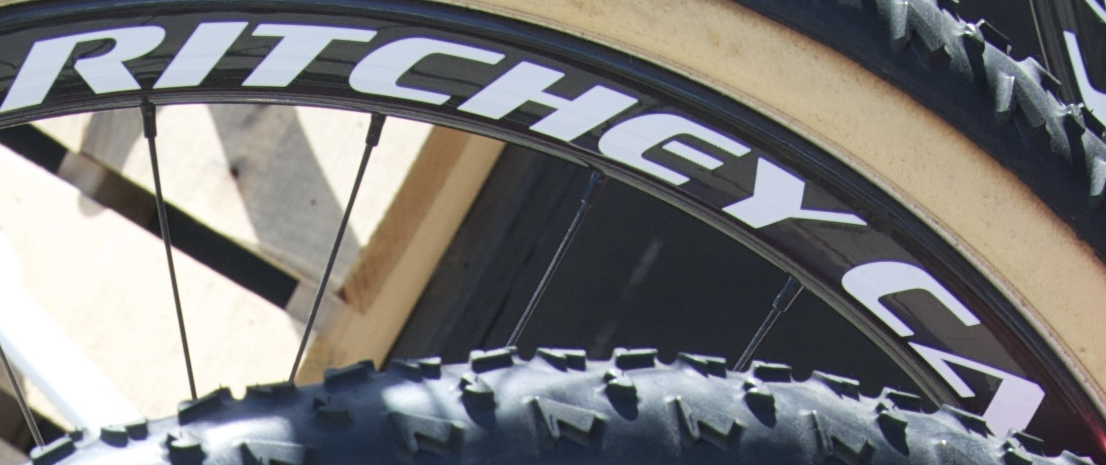
RITCHEY CA